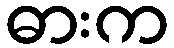
ဓားက